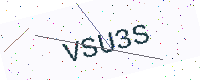
Text: VSU3S